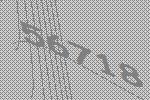
56718